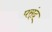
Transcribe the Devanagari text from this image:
पस्ंद